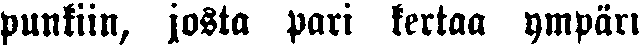
punkiin, josta pari kertaa ympäri